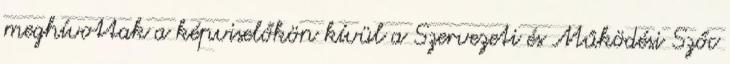
meghívottak a képviselőkön kívül a Szervezeti és Működési Szőc